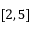
[ 2 , 5 ]